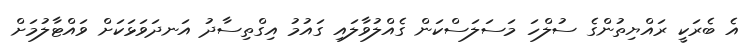
އެ ބެރަކީ ރައްޔިތުންގެ ސުލްހަ މަސަލަސްކަން ގެއްލުވާލައި ގައުމު އިގްތިސާދު އަނދަވަޅަކަށް ވައްޓާލުމަށް